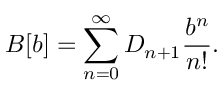
B [ b ] = \sum _ { n = 0 } ^ { \infty } D _ { n + 1 } \frac { b ^ { n } } { n ! } .